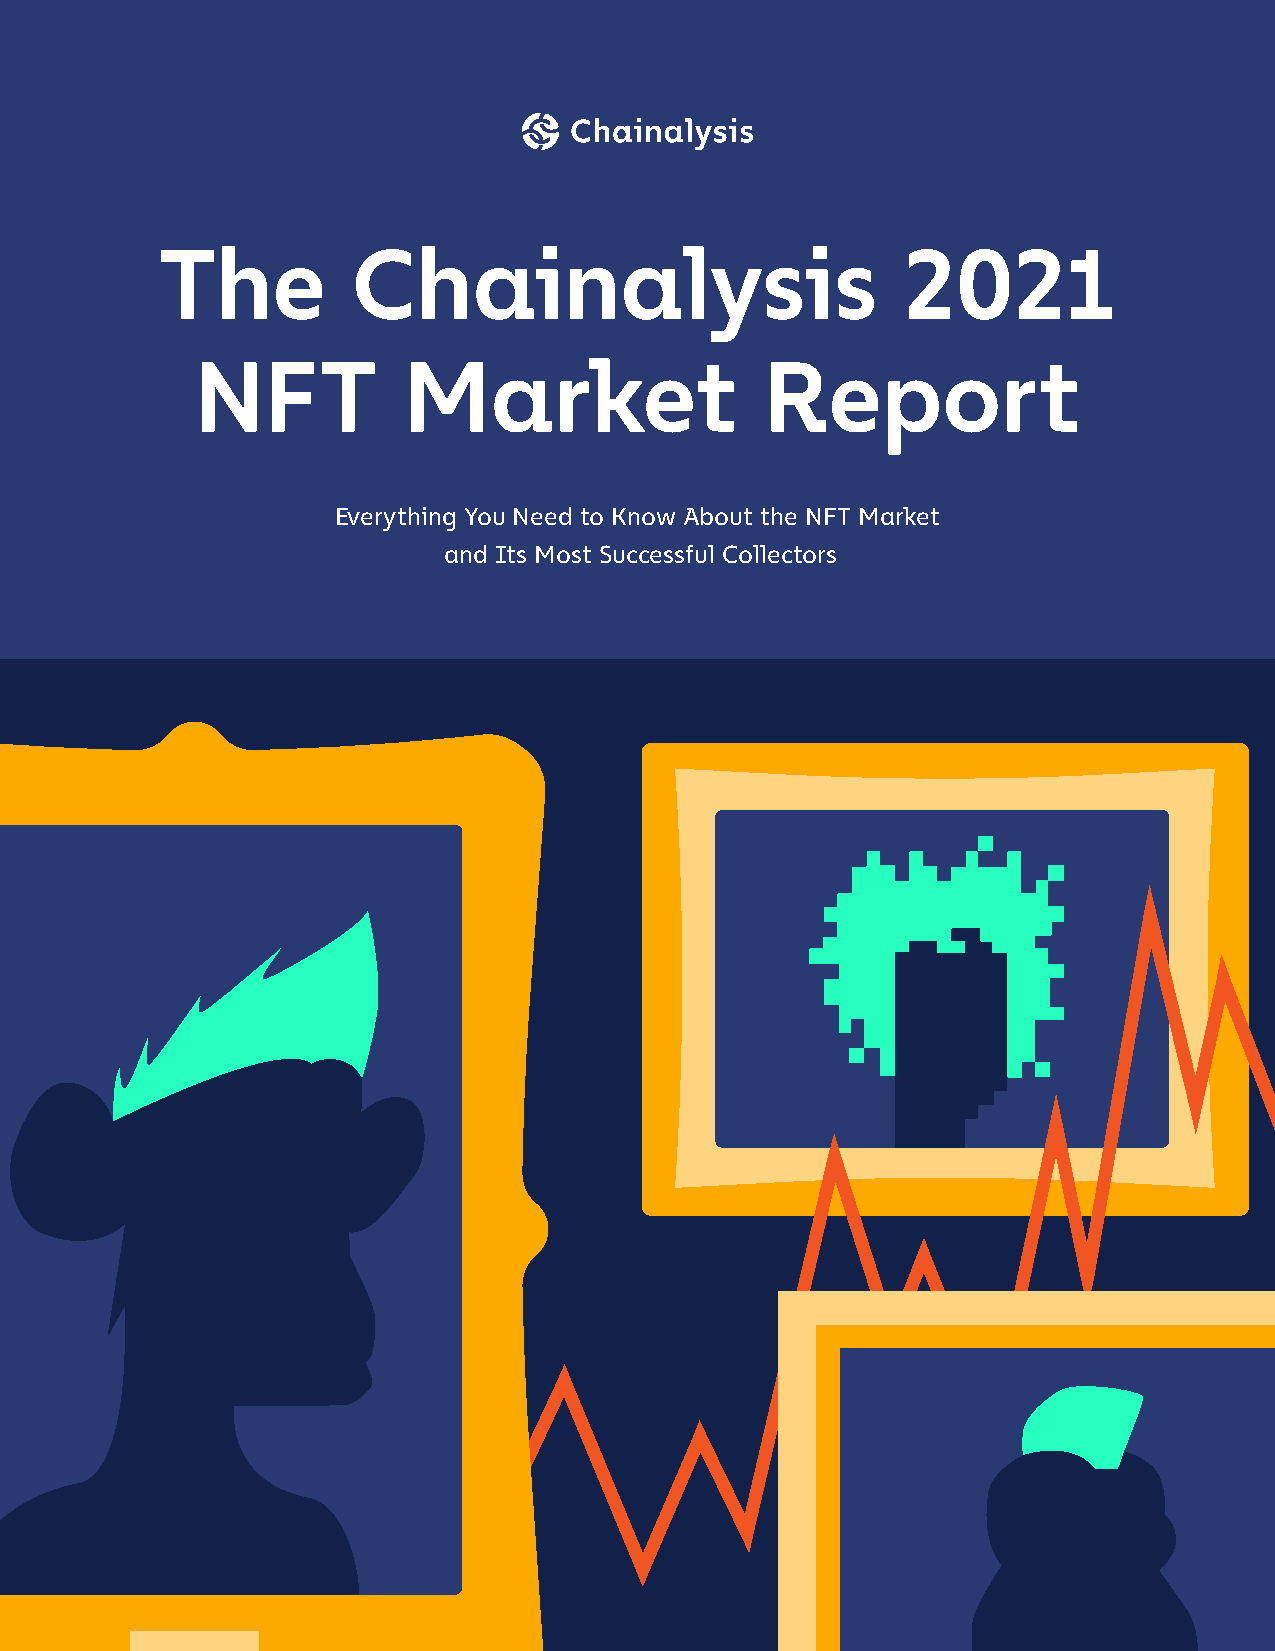
The          Chainalysis                          2021
 NFT           Market                  Report
 Everything You Need to Know About the NFT Market
 and Its Most Successful Collectors